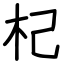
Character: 杞